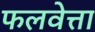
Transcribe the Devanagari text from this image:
फलवेत्ता